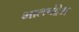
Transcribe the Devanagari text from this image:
भालचंद्रे।।